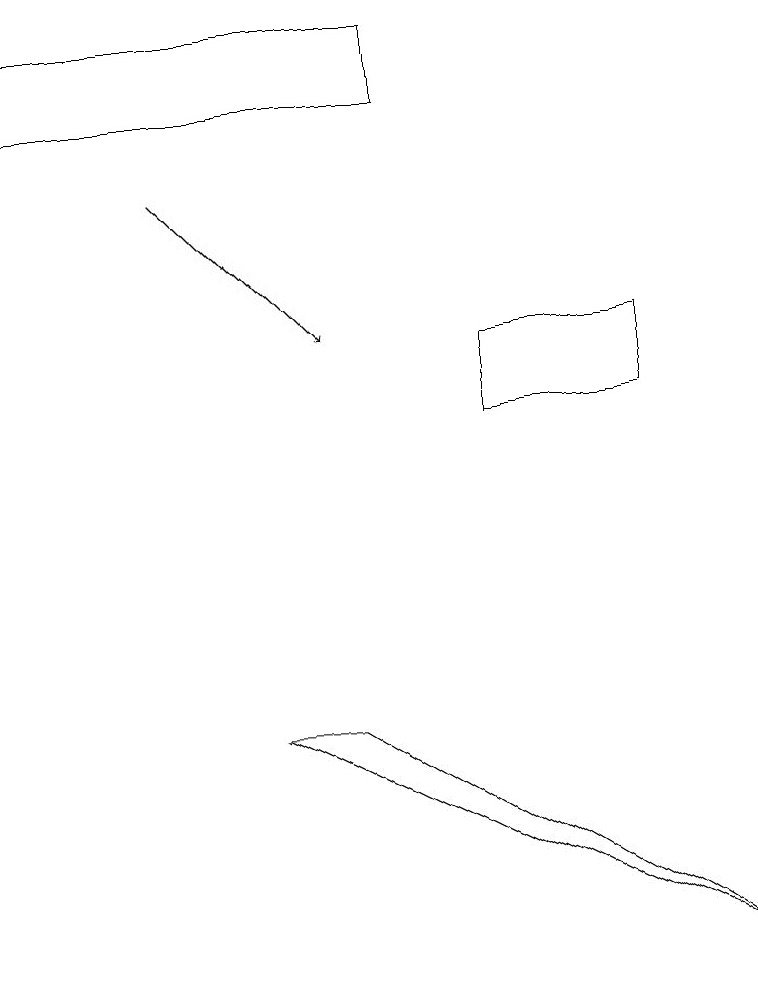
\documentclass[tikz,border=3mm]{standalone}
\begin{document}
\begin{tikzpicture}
\draw (9,3) -- (4,6) -- (3,6) -- cycle;
\draw[->] (2,13) -- (4,11);
\draw (6,11) rectangle (8,10);
\draw (5,15) rectangle (0,14);
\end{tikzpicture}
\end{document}